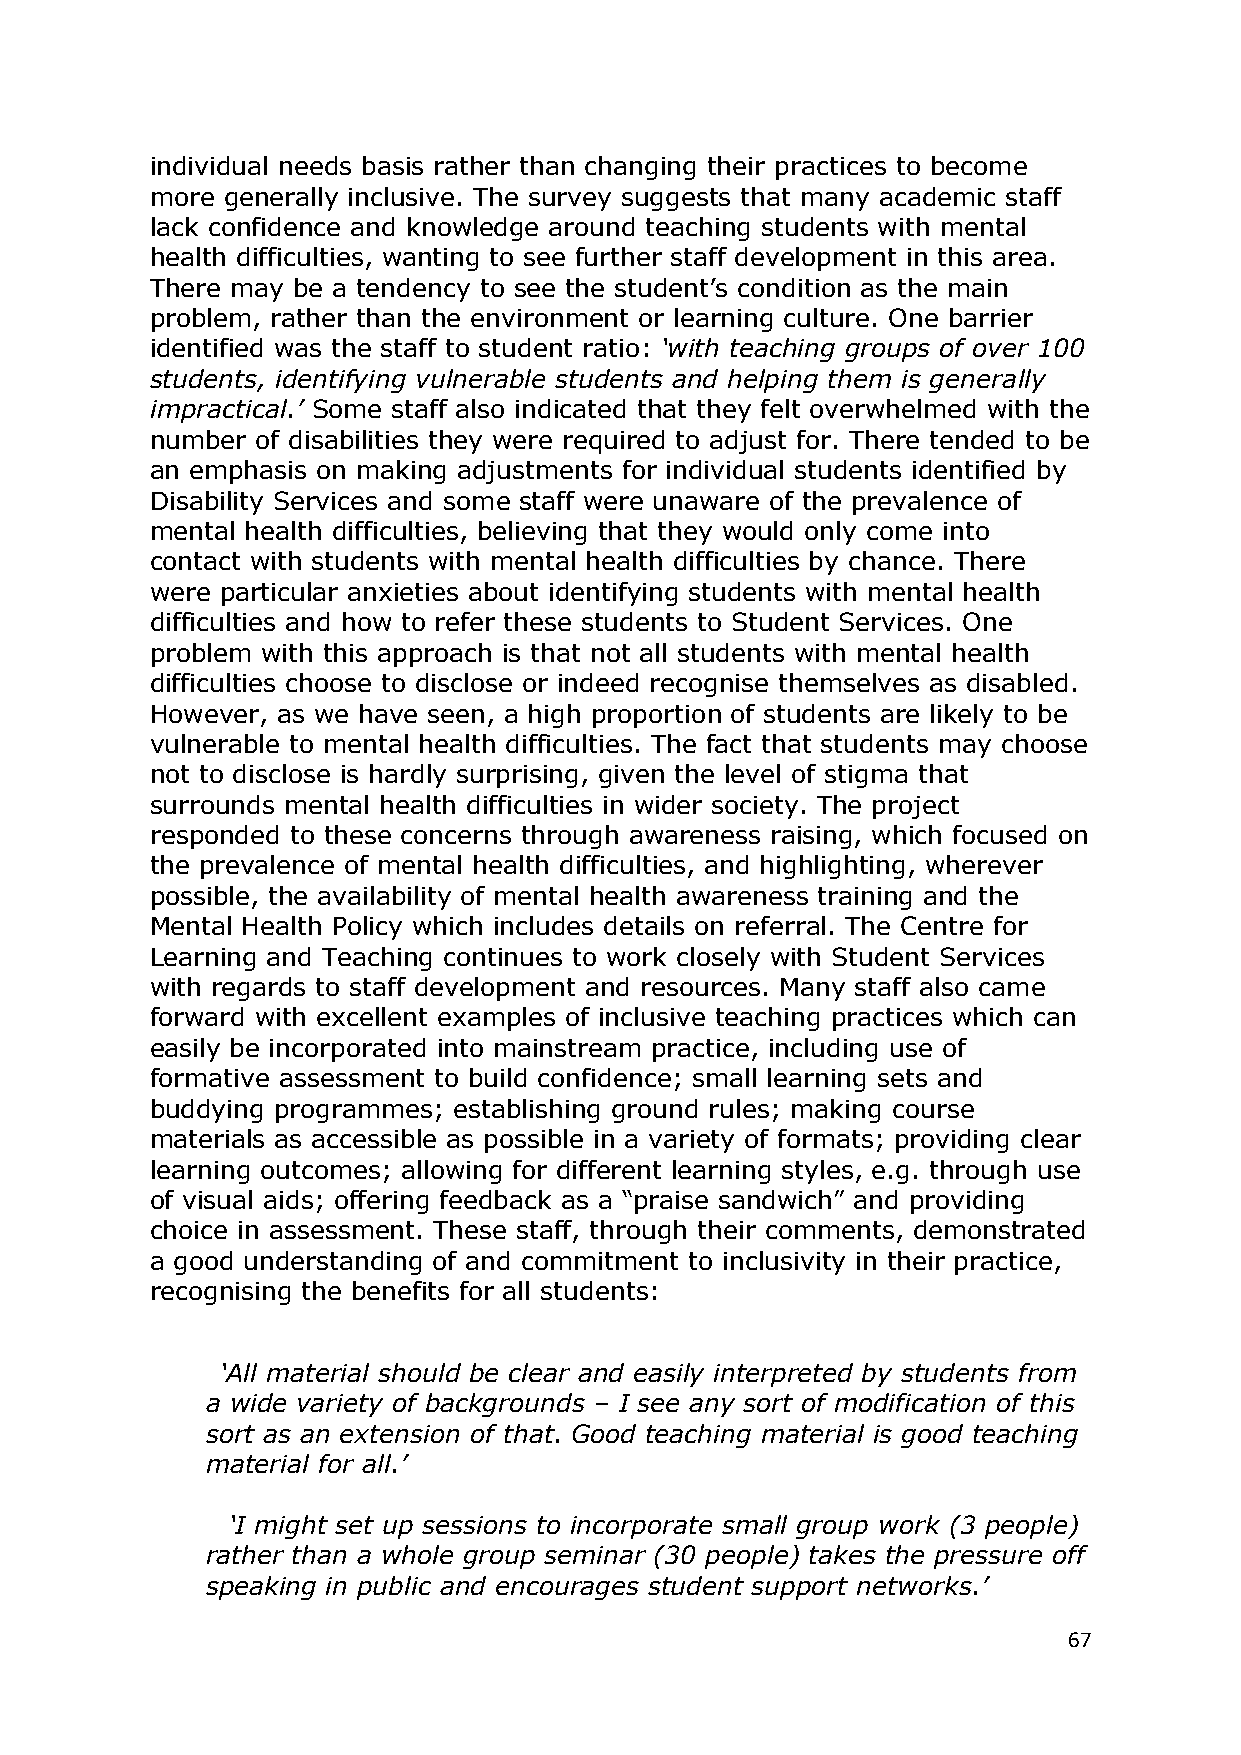
individual needs basis rather than changing their practices to become
 more generally inclusive. The survey suggests that many academic staff
 lack confidence and knowledge around teaching students with mental
 health difficulties, wanting to see further staff development in this area.
 There may be a tendency to see the student‘s condition as the main
 problem, rather than the environment or learning culture. One barrier
 identified was the staff to student ratio: ‗with teaching groups of over 100
 students, identifying vulnerable students and helping them is generally
 impractical.‘ Some staff also indicated that they felt overwhelmed with the
 number of disabilities they were required to adjust for. There tended to be
 an emphasis on making adjustments for individual students identified by
 Disability Services and some staff were unaware of the prevalence of
 mental health difficulties, believing that they would only come into
 contact with students with mental health difficulties by chance. There
 were particular anxieties about identifying students with mental health
 difficulties and how to refer these students to Student Services. One
 problem with this approach is that not all students with mental health
 difficulties choose to disclose or indeed recognise themselves as disabled.
 However, as we have seen, a high proportion of students are likely to be
 vulnerable to mental health difficulties. The fact that students may choose
 not to disclose is hardly surprising, given the level of stigma that
 surrounds mental health difficulties in wider society. The project
 responded to these concerns through awareness raising, which focused on
 the prevalence of mental health difficulties, and highlighting, wherever
 possible, the availability of mental health awareness training and the
 Mental Health Policy which includes details on referral. The Centre for
 Learning and Teaching continues to work closely with Student Services
 with regards to staff development and resources. Many staff also came
 forward with excellent examples of inclusive teaching practices which can
 easily be incorporated into mainstream practice, including use of
 formative assessment to build confidence; small learning sets and
 buddying programmes; establishing ground rules; making course
 materials as accessible as possible in a variety of formats; providing clear
 learning outcomes; allowing for different learning styles, e.g. through use
 of visual aids; offering feedback as a ―praise sandwich‖ and providing
 choice in assessment. These staff, through their comments, demonstrated
 a good understanding of and commitment to inclusivity in their practice,
 recognising the benefits for all students:
 ‗All material should be clear and easily interpreted by students from
 a wide variety of backgrounds – I see any sort of modification of this
 sort as an extension of that. Good teaching material is good teaching
 material for all.‘
 ‗I might set up sessions to incorporate small group work (3 people)
 rather than a whole group seminar (30 people) takes the pressure off
 speaking in public and encourages student support networks.‘
 67